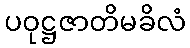
ပဝုဋ္ဌဇာတိမခိလံ